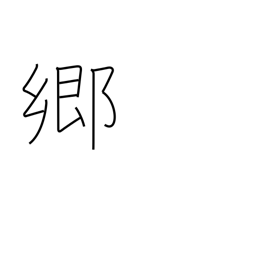
Meaning: district